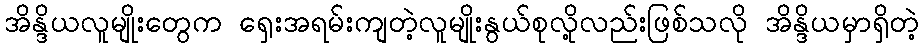
အိန္ဒိယလူမျိုးတွေက ရှေးအရမ်းကျတဲ့လူမျိုးနွယ်စုလို့လည်းဖြစ်သလို အိန္ဒိယမှာရှိတဲ့